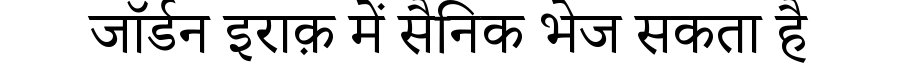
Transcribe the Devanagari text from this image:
जॉर्डन इराक़ में सैनिक भेज सकता है